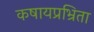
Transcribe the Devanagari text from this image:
कषायप्रभ्रिता